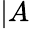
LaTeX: |A